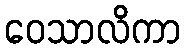
ဝေသာလိကာ